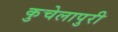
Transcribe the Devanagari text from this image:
कुचेलापुरी